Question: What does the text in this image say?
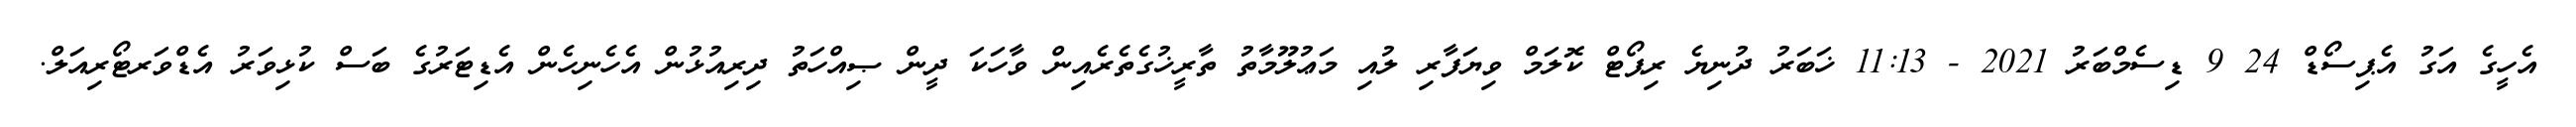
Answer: އެހީގެ އަގު އެޕިސޯޑް 24 9 ޑިސެމްބަރު 2021 - 11:13 ޚަބަރު ދުނިޔެ ރިޕޯޓް ކޮލަމް ވިޔަފާރި ލުއި މަޢުލޫމާތު ތާރީޚުގެތެރެއިން ވާހަކަ ދީން ޞިއްހަތު ދިރިއުޅުން އެހެނިހެން އެޑިޓަރުގެ ބަސް ކުޅިވަރު އެޑްވަރޓޯރިއަލް.